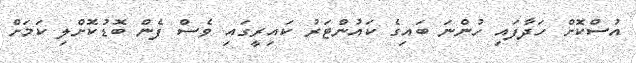
އުސްކޮށް ހަދާފައި ހުންނަ ބައިގެ ކައުންޓަރު ކައިރީގައި ވެސް ފެން ބޮޑުކޮށްލި ކަމަށް